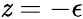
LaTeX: \mathit{z}=-\epsilon